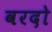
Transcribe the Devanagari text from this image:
वरदो